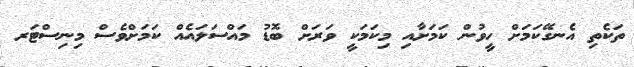
ތަކެތި އެނގޭކަމަށް ހީވުން ކަމަށާއި މިކަމަކީ ވަރަށް ބޮޑު މައްސަލައެއް ކަމަށްވެސް މިނިސްޓަރ